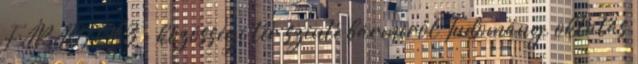
FÁRADT GŐZ - közösségi tér szinte bármiről Tudomány, oktatás